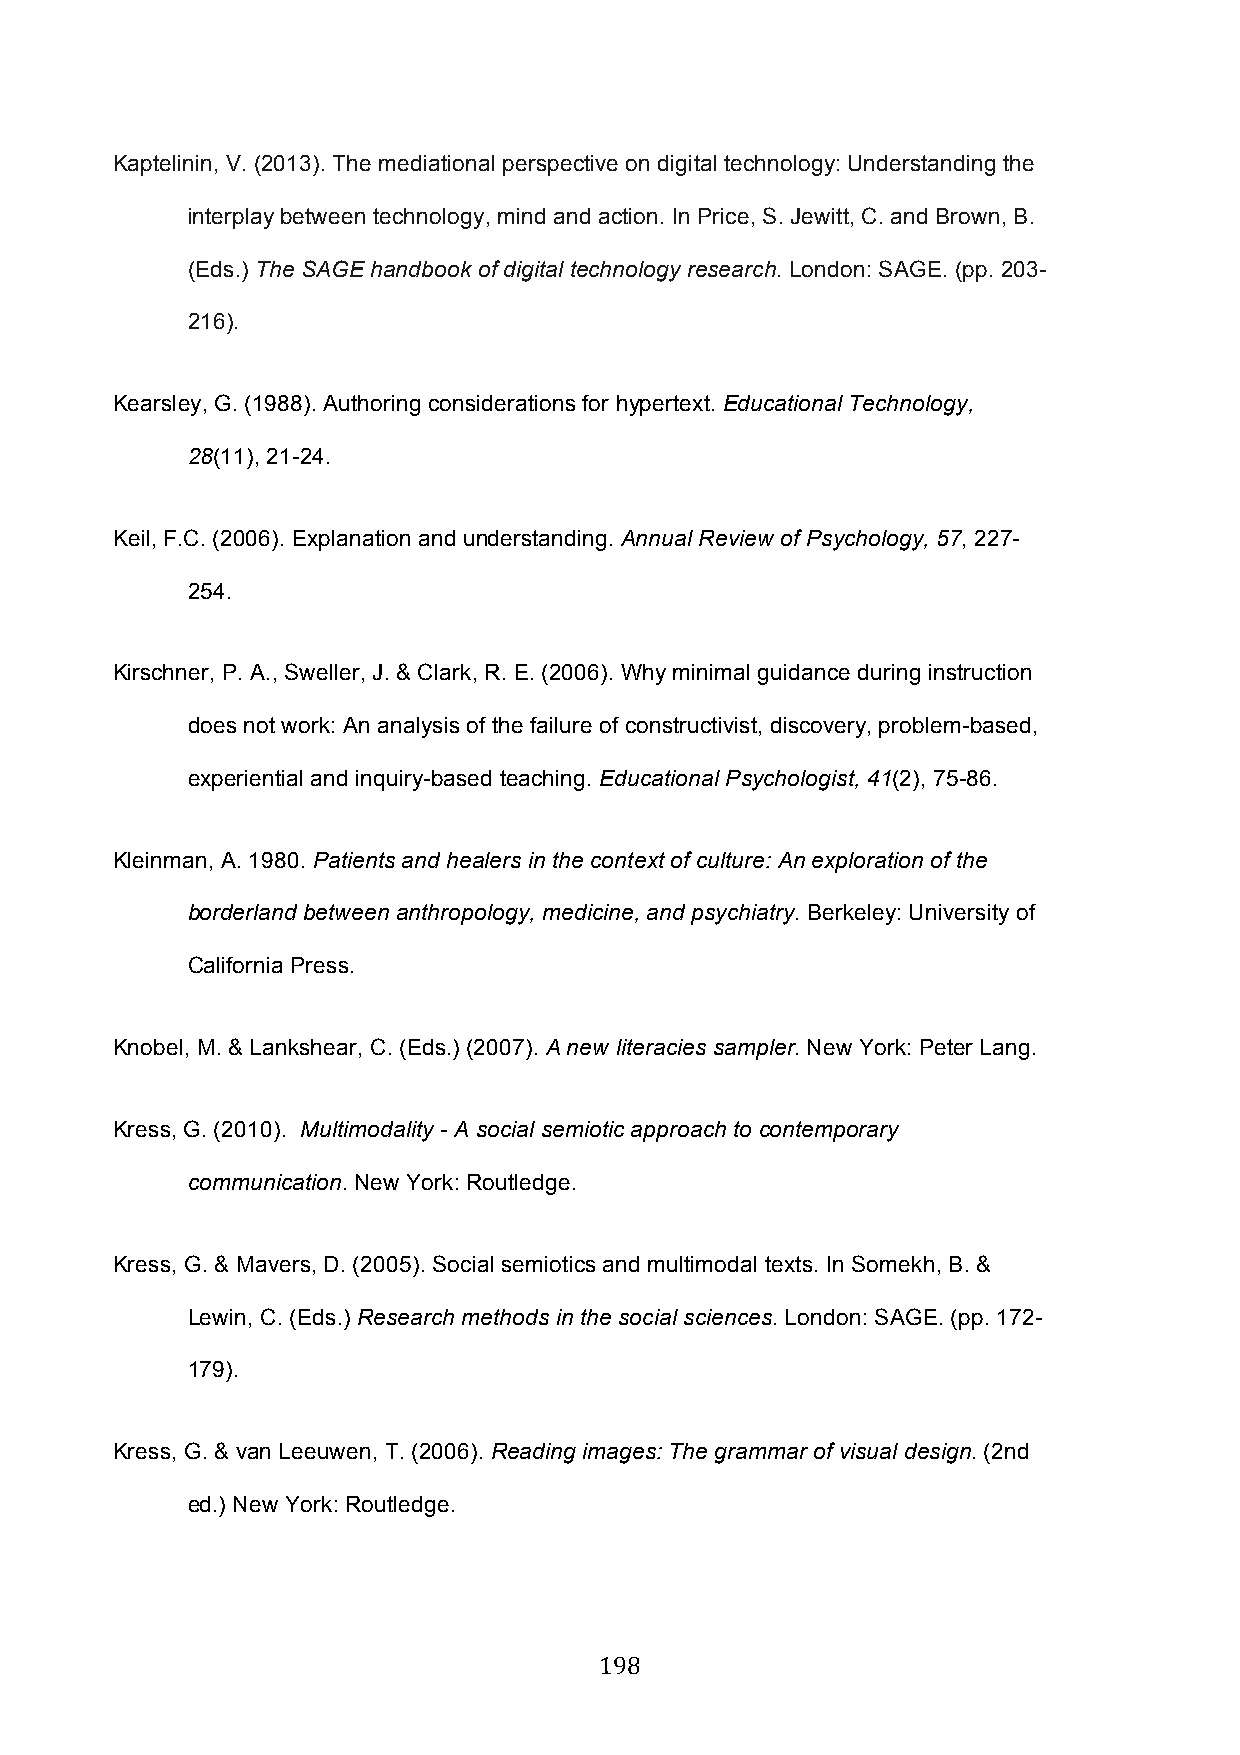
Kaptelinin, V. (2013). The mediational perspective on digital technology: Understanding the
 interplay between technology, mind and action. In Price, S. Jewitt, C. and Brown, B.
 (Eds.) The SAGE handbook of digital technology research. London: SAGE. (pp. 203-
 216).
 Kearsley, G. (1988). Authoring considerations for hypertext. Educational Technology,
 28(11), 21-24.
 Keil, F.C. (2006). Explanation and understanding. Annual Review of Psychology, 57, 227-
 254.
 Kirschner, P. A., Sweller, J. & Clark, R. E. (2006). Why minimal guidance during instruction
 does not work: An analysis of the failure of constructivist, discovery, problem-based,
 experiential and inquiry-based teaching. Educational Psychologist, 41(2), 75-86.
 Kleinman, A. 1980. Patients and healers in the context of culture: An exploration of the
 borderland between anthropology, medicine, and psychiatry. Berkeley: University of
 California Press.
 Knobel, M. & Lankshear, C. (Eds.) (2007). A new literacies sampler. New York: Peter Lang.
 Kress, G. (2010). Multimodality - A social semiotic approach to contemporary
 communication. New York: Routledge.
 Kress, G. & Mavers, D. (2005). Social semiotics and multimodal texts. In Somekh, B. &
 Lewin, C. (Eds.) Research methods in the social sciences. London: SAGE. (pp. 172-
 179).
 Kress, G. & van Leeuwen, T. (2006). Reading images: The grammar of visual design. (2nd
 ed.) New York: Routledge.
 198